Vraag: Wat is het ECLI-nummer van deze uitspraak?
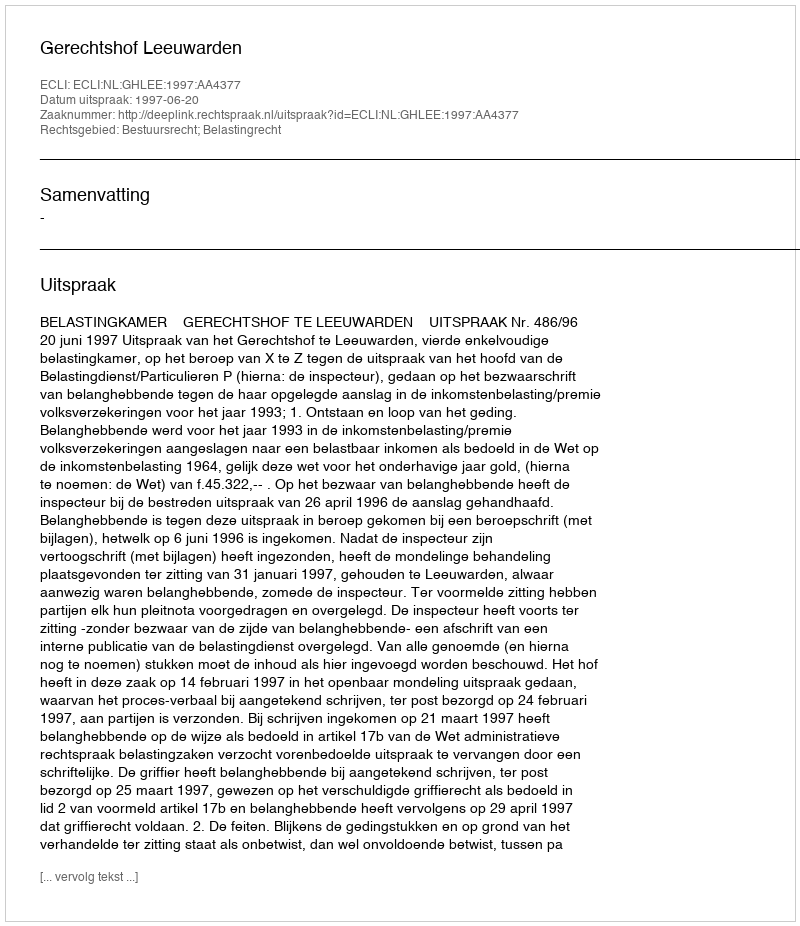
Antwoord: ECLI:NL:GHLEE:1997:AA4377